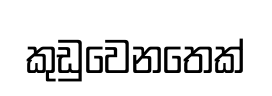
කුඩුවෙනතෙක්